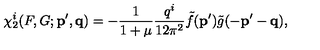
\chi _ { 2 } ^ { i } ( F , G ; { \bf p ^ { \prime } , q } ) = - \frac { 1 } { 1 + \mu } \frac { q ^ { i } } { 1 2 \pi ^ { 2 } } \tilde { f } ( { \bf p ^ { \prime } } ) \tilde { g } ( { \bf - p ^ { \prime } - q } ) ,